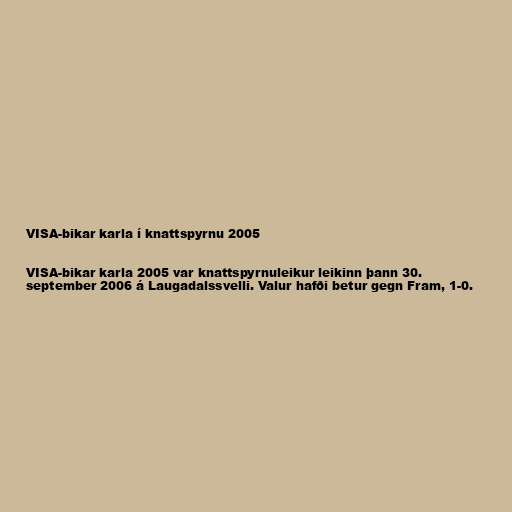
VISA-bikar karla í knattspyrnu 2005

VISA-bikar karla 2005 var knattspyrnuleikur leikinn þann 30.
september 2006 á Laugadalssvelli. Valur hafði betur gegn Fram, 1-0.